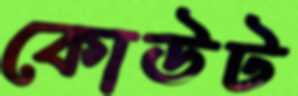
কোউট